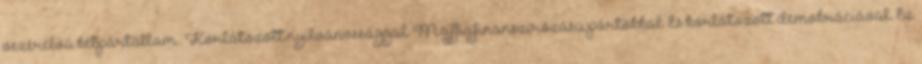
vezérelvû»kétpártállam«. Korlátozott nyilvánossággal. Maffiafinanszírozású pártokkal. És korlátozott demokráciával. Ez